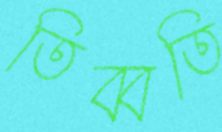
তিব্বতি